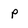
Character: p